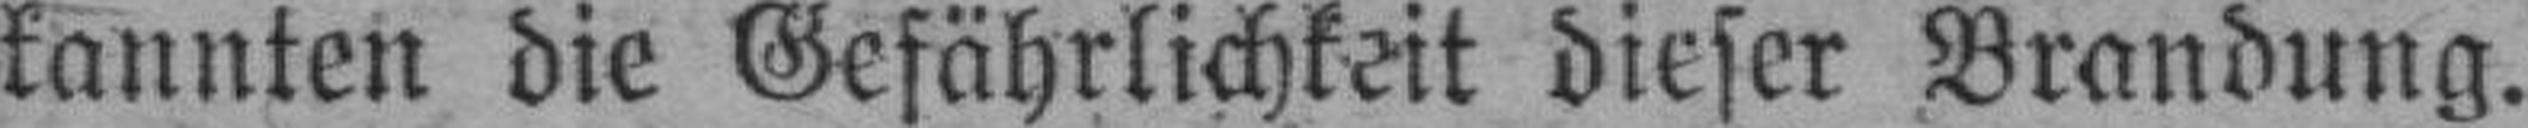
kannten die Gefährlichkeit dieser Brandung.